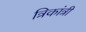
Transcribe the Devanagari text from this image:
त्रिकांत्री